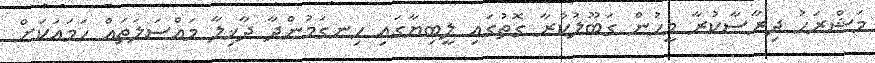
މަޝްރަހު ދިރާސާކުރާ މީހުން ގަބޫލުކުރާ ގޮތުގައި ލީބިޔާގައި ހިނގަމުންދާ ދާޚިލާ މައްސަލަތައް ހަމައަކަށް